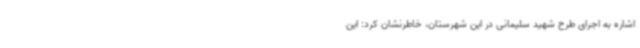
اشاره به اجرای طرح شهید سلیمانی در این شهرستان، خاطرنشان کرد: این